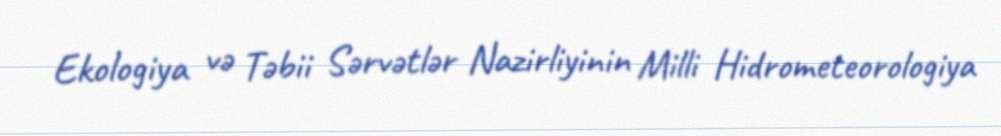
Ekologiya və Təbii Sərvətlər Nazirliyinin Milli Hidrometeorologiya